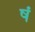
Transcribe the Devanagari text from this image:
षं